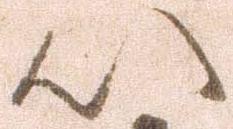
以